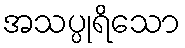
အသပ္ပုရိသော